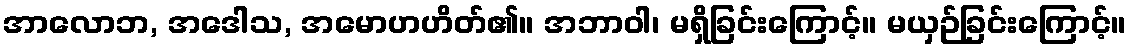
အာလောဘ, အဒေါသ, အမောဟဟိတ်၏။ အဘာဝါ၊ မရှိခြင်းကြောင့်။ မယှဉ်ခြင်းကြောင့်။